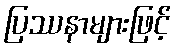
ပြဿနာများဖြင့်